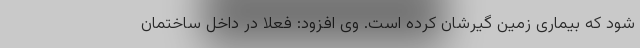
شود که بیماری زمین گیرشان کرده است. وی افزود: فعلا در داخل ساختمان